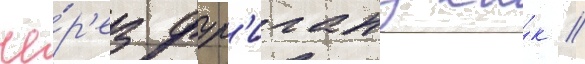
че́р'ез фур'игану ка́к //